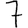
Digit: 7